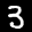
Label: 3